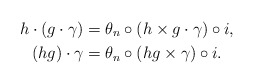
\begin{align*}h\cdot(g\cdot \gamma)&=\theta_n \circ (h\times g\cdot\gamma)\circ i,\\(hg)\cdot\gamma&=\theta_n\circ (hg\times\gamma)\circ i.\end{align*}